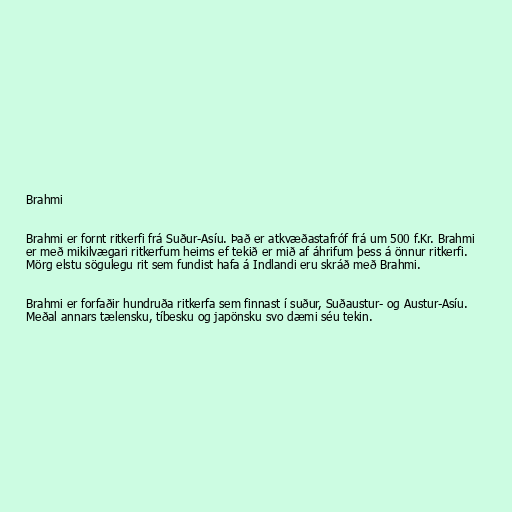
Brahmi

Brahmi er fornt ritkerfi frá Suður-Asíu. Það er atkvæðastafróf frá um 500 f.Kr. Brahmi
er með mikilvægari ritkerfum heims ef tekið er mið af áhrifum þess á önnur ritkerfi.
Mörg elstu sögulegu rit sem fundist hafa á Indlandi eru skráð með Brahmi.

Brahmi er forfaðir hundruða ritkerfa sem finnast í suður, Suðaustur- og Austur-Asíu.
Meðal annars tælensku, tíbesku og japönsku svo dæmi séu tekin.